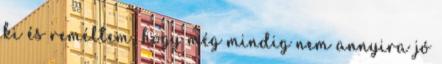
ki és reméltem, hogy még mindig nem annyira jó